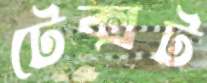
টেক্সট